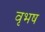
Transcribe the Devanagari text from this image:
वृभष